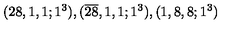
( 2 8 , 1 , 1 ; 1 ^ { 3 } ) , ( \overline { { 2 8 } } , 1 , 1 ; 1 ^ { 3 } ) , ( 1 , 8 , 8 ; 1 ^ { 3 } )